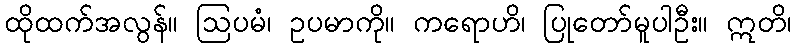
ထိုထက်အလွန်။ ဩပမံ၊ ဥပမာကို။ ကရောဟိ၊ ပြုတော်မူပါဦး။ ဣတိ၊